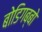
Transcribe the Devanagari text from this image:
बोडिगब्बो